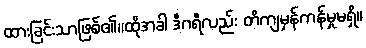
ထားခြင်းသာဖြစ်၏။ထိုအခါ ဒီဂရီလည်း တိကျမှန်ကန်မှုမရှိ။